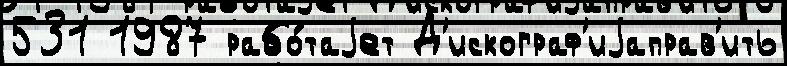
531 1987 рабо́таjет Д'искограф'иjаправ'ить